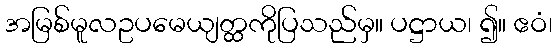
အမြစ်မူလဥပမေယျတ္ထကိုပြသည်မှ။ ပဋ္ဌာယ၊ ၍။ ဧဝံ၊